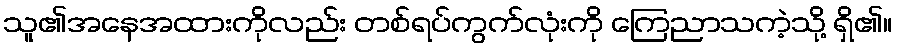
သူ၏အနေအထားကိုလည်း တစ်ရပ်ကွက်လုံးကို ကြေညာသကဲ့သို့ ရှိ၏။